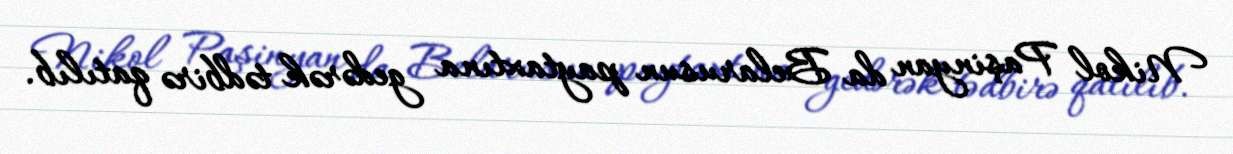
Nikol Paşinyan da Belarusun paytaxtına gedərək tədbirə qatılıb.